Civil Veterinary Dept. Bombay admin report 1907-1913 - 1907-1913
Year: 1907
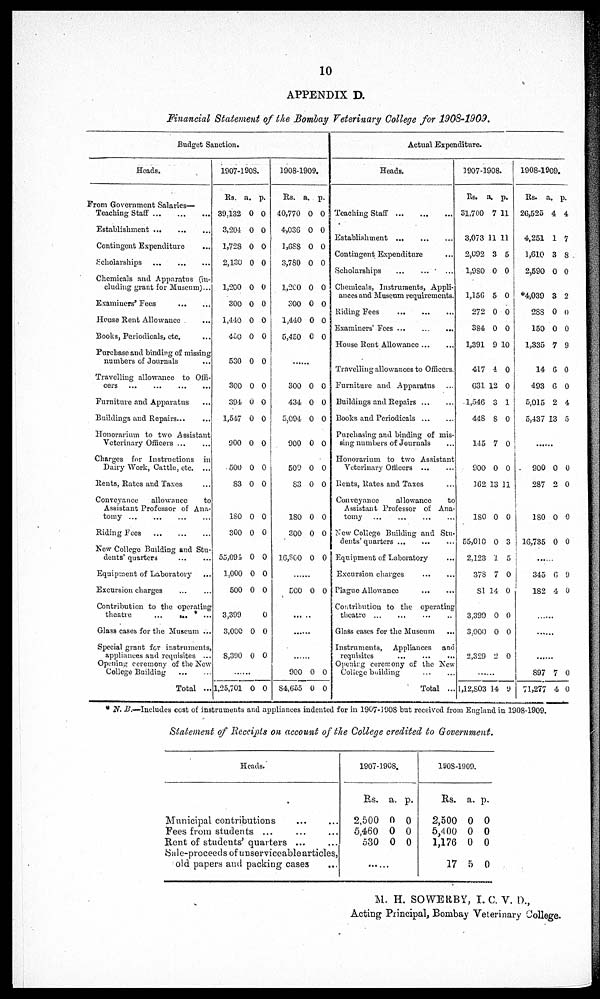
10
APPENDIX D.
Financial Statement of the Bombay Veterinary College for 1908-1909.
Budget Sanction.
Heads.
Prom Government Salaries—
Teaching Staff
...
...
...
Establishment
...
...
...
Contingent Expenditure ...
Scholarships
...
...
...
Chemicals and Apparatus (in-
cluding grant for Museum)...
Examiners' Fees
...
...
House Rent Allowance ...
Books, Periodicals, etc. ...
Purchase and binding of missing
numbers of Journals ...
Travelling allowance to Offi-
cers
...
...
...
...
Furniture and Apparatus ...
Buildings and Repairs ...
Honorarium to two Assistant
Veterinary Officers ...
Charges for Instructions in
Dairy Work, Cattle, etc. ...
Rents, Rates and Taxes ...
Conveyance
allowance
to
Assistant Professor of Ana-
tomy ... ... ... ...
Riding Fees
...
...
...
New College Building and Stu-
dents' quarters
...
...
Equipment of Laboratory
...
Excursion charges ... ...
Contribution to the operating
theatre
...
...
...
Glass cases for the Museum ...
Special grant for instruments,
appliances and requisites ...
Opening ceremony of the New
College Building
...
...
Total ...
1907-1908.
Rs. a. p.
39.132 0 0
3,204 0 0
1,728 0 0
2,130 0 0
1,200 0 0
300 0 0
1,440 0 0
450 0 0
530 0 0
300 0 0
394 0 0
1,547 0 0
900 0 0
500 0 0
S3 0 0
180 0 0
300 0 0
55,094 0 0
1,000 0 0
500 0 0
3,399
0
3,000 0 0
8,390 0 0
......
1,25,701 0 0
1908-1909.
Rs. a. p.
40,770 0 0
4,036 0 0
1,688 0 0 |
3,780 0 0
1,2C0 0 0
300 0 0
1,440 0 0
5,450 6 0
300 0 0
434 0 0
5,094 0 0
900 0 0
509 0 0
83 0 0
180 0 0
300 0 0
16,800 0 0
......
500 0 0
.......
......
900 0 0
84,655 0 0
Actual Expenditure.
Heads.
Teaching Staff
...
...
...
Establishment
...
...
...
Contingent Expenditure ...
Scholarships
...
...
...
Chemicals, Instruments, Appli-
ances and Museum requirements.
Riding Fees
...
...
...
Examiners' Fees
...
...
...
House Rent Allowance ... ...
Travelling allowances to Officers.
Furniture and Apparatus ...
Buildings and Repairs
...
...
Books and Periodicals
...
...
Purchasing and binding of mis-
sing numbers of Journals ...
Honorarium to two Assistant
Veterinary Officers
...
...
Rents, Rates and Taxes ...
Conveyance
allowance
to
Assistant Professor of Ana-
tomy
...
...
...
...
New College Building and Stu-
dents'quarters ... ... ...
Equipment of Laboratory ...
Excursion charges
...
...
Plague Allowance
...
...
Contribution to the operating
theatre ... ... ... ...
Glass cases for the Museum ...
Instruments, Appliances and
requisites ... ... ...
Opening ceremony of the New
College building
...
...
Total ...
3907-1908.
Rs. a. p.
31,700 7 11
3,073 11 11
2,092 3 5
1,980 0 0
1,156 5 0
272 0 0
384 0 0
1,391 9 10
417 i 0
G31 12 0
1,546 3 1
448 8 0
145 7 0
900 0 0
162 13 11
180 0 0
55,010 0 3
2,123 I 5
378 7 0
81 14 0
3,399 0 0
3.000 0 0
2,329 2 0
........
l,I2,803 14 9
1908-1909.
Rs. a. p.
26,525 4 4
4,251 1 7
1,610 8 8
2,590 0 0
*4,039 3 2
288 0 0
150 0 0
1,335 7 9
14 6 0
493 6 0
5,015 2 4
5,437 13 5
.......
900 0 0
287 2 0
180 0 0
16,735 0 0
........
345 6 9
182 4 0
.....
......
.......
897 7 0
71,277 4 0
* N. B.—Includes cost of instruments and appliances indented for in 1907-1908 but received from England in 1908-1909.
Statement of Receipts on account of the College credited to Government.
Heads.
Municipal contributions ... ...
Fees from students ...
Rent of students' quarters ... ...
Sale-proceeds of unserviceable articles,
old papers and packing cases ...
1907-1908.
Rs. a. p.
2,500 0 0
5,460 0 0
530 0 0
1908-1909.
Rs. a. p.
2,500 0 0
5,400 0 0
1,176 0 0
17 5 0
M. H. SOWERBY, I. C. V. D.,
Acting Principal, Bombay Veterinary College.